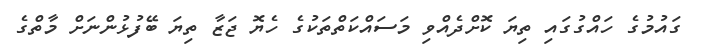
ގައުމުގެ ހައްގުގައި ތިޔަ ކޮށްދެއްވި މަސައްކަތްތަކުގެ ހެޔޮ ޖަޒާ ތިޔަ ބޭފުޅުންނަށް މާތްގެ